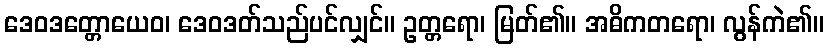
ဒေဝဒတ္တောယေဝ၊ ဒေဝဒတ်သည်ပင်လျှင်။ ဥတ္တရော၊ မြတ်၏။ အဓိကတရော၊ လွန်ကဲ၏။